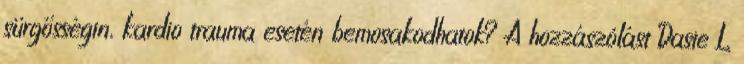
sürgősségin, kardio trauma esetén bemosakodhatok? A hozzászólást Dasie L.